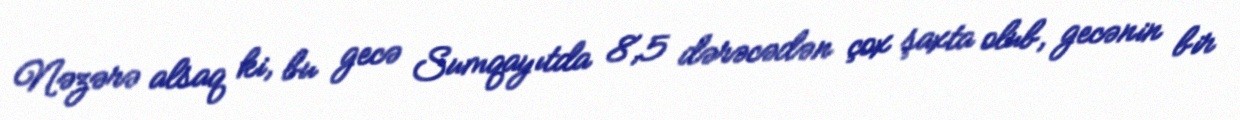
Nəzərə alsaq ki, bu gecə Sumqayıtda 8,5 dərəcədən çox şaxta olub, gecənin bir